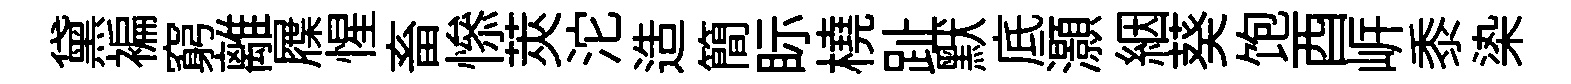
黛褊窮離屧惺畜𢡖莢沱造簡眎橈趾默底灝絪葵饱酉㟁黍𣑱